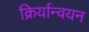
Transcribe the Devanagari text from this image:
क्रिर्यान्वयन